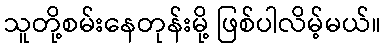
သူတို့စမ်းနေတုန်းမို့ ဖြစ်ပါလိမ့်မယ်။